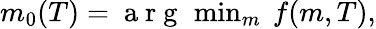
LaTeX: \begin{array}{r}{m_{0}(T)=\mathrm{~a~r~g~}\, \operatorname*{min}_{m}\ f(m,T),}\end{array}